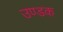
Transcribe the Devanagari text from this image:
उण्डक